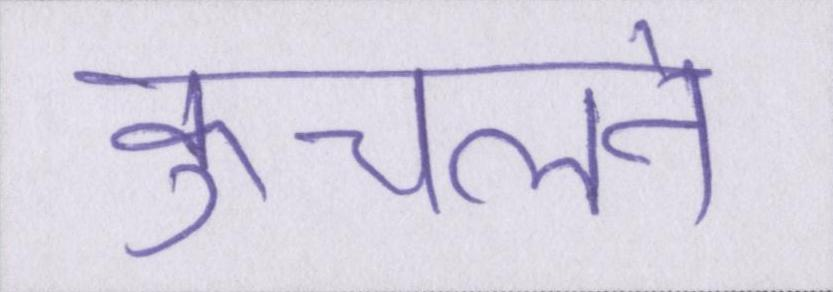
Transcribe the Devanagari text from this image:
कुचलने